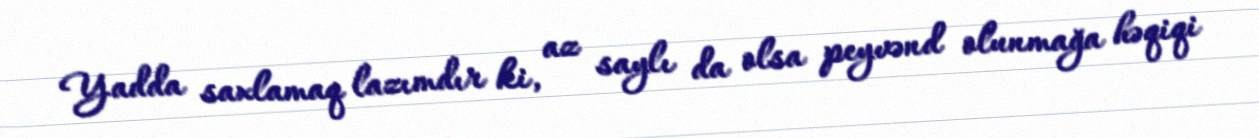
Yadda saxlamaq lazımdır ki, az saylı da olsa peyvənd olunmağa həqiqi